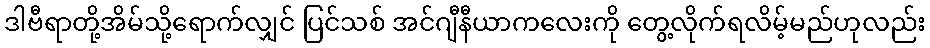
ဒါဗီရာတို့အိမ်သို့ရောက်လျှင် ပြင်သစ် အင်ဂျီနီယာကလေးကို တွေ့လိုက်ရလိမ့်မည်ဟုလည်း